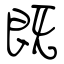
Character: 既